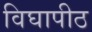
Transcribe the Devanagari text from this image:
विघापीठ